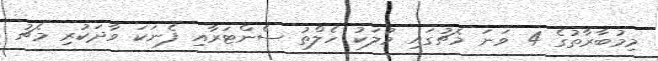
މިމުބާރާތުގެ 4 ވަނަ މެޗުގައި މުލަކު ހެލްތު ސެންޓަރާއި ފެނަކަ ވާދަކުރި މެޗު